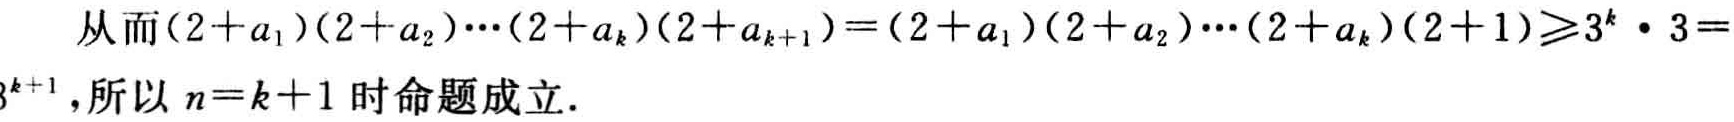
从而\((2 + a_1)(2 + a_2)\cdots(2 + a_k)(2 + a_{k + 1})=(2 + a_1)(2 + a_2)\cdots(2 + a_k)(2 + 1)\geqslant3^k\cdot3 = 3^{k + 1}\)，所以 \(n = k + 1\) 时命题成立.